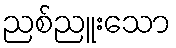
ညစ်ညူးသော